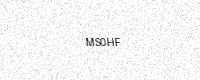
Text: MS0HF